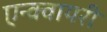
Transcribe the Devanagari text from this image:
एन्क्वायरी